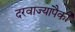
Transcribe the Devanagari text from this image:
दरवाज्यांपैकी